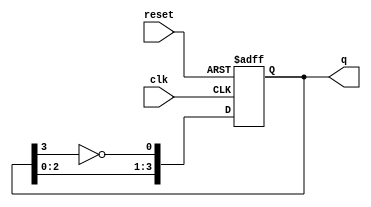
module johnson_counter #(
    parameter N = 4  // Number of flip-flops
)(
    input wire clk,       // Clock input
    input wire reset,     // Asynchronous reset
    output reg [N-1:0] q  // Counter output
);

    // Always block triggered on the rising edge of the clock or reset
    always @(posedge clk or posedge reset) begin
        if (reset) begin
            // Reset the counter to 0
            q <= 0;
        end else begin
            // Johnson counter logic
            q <= {q[N-2:0], ~q[N-1]}; // Shift left and feed back inverted last bit
        end
    end

endmodule